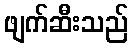
ဖျက်ဆီးသည်